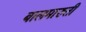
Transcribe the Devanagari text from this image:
बालमारुती